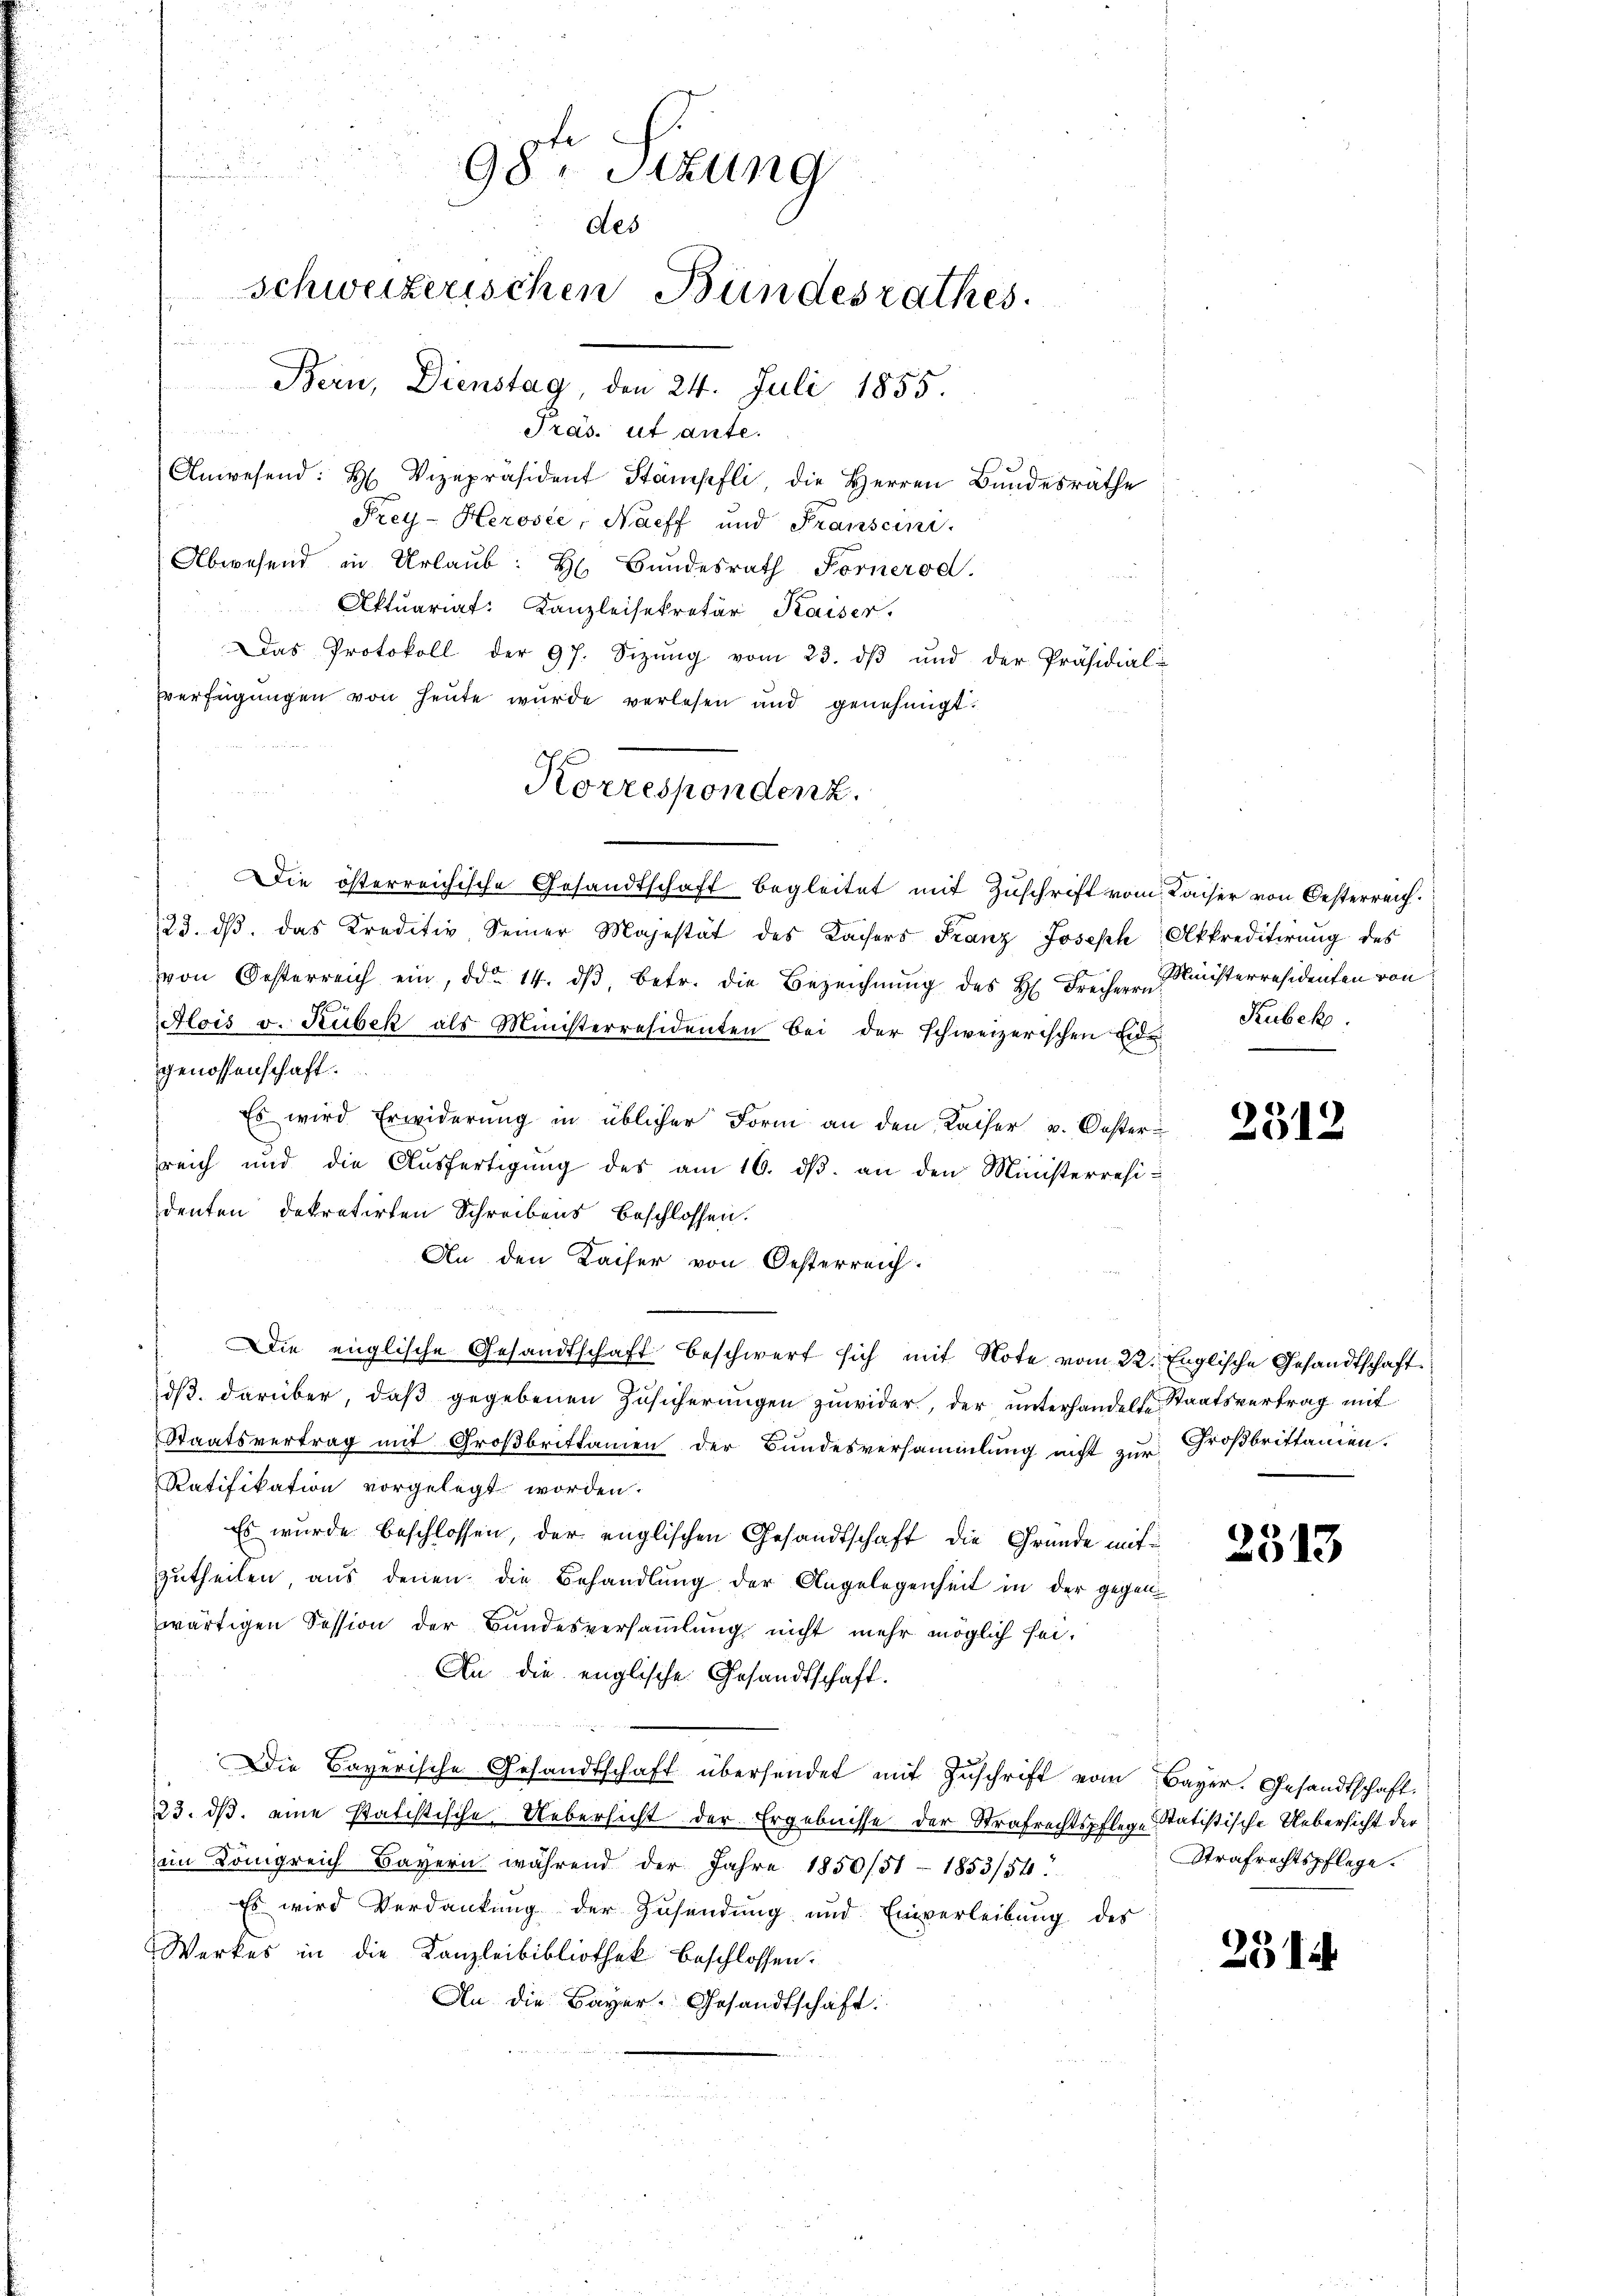
d
u
9
3

98ten Sizung
des
schweizerischen Bundesrathes.
ränen
Bern, Dienstag, den 24. Juli 1855.
Präs. ut ante.

Anwesend: H. Vizepräsident Stämpfli, die Herren Bundesräthe
Frey-Heröste, Naeff und Franscini
Abwesend in Urlaŭb: H. Bŭndesrath Fornerod.
Aktuariat. Kanzleisekretär Kaiser.
Das Protokoll der 97. Sizŭng vom 23. dβ und der Präsidial-
Verfügungen von heute wurde verlesen und genehmigt.
Die österreichische Gesandtschaft begleitet mit Zuschrift vom Kaiser von Oesterreich.
123. dβ das Kreditiv seiner Majestät des Kaisers Franz Joseph Akkreditirung des
von Oesterreich ein, ddo 14. dβ, betr. die Bezeichnŭng des H. Freiherr Ministerresidenten von
Alois v. Rubek als Ministerresidenten bei der schweizerischen Eide
genossenschaft.
Es wird Erwiderung in üblicher Form an den Kaiser u. Oesterreich und die Ausfertigung des am 16. ds. an den Ministerresidenten dekretirten Schreibens beschlossen.
An den Kaiser von Oesterreich.
Die englische Gesandtschaft beschwert sich mit Note vom 22. Englische Gesandtschaft
dß darüber, daß gegebenen Zusicherungen zuwider, der unterhandelte Staatsvertrag mit
Staatsvertrag mit Großbrittamen der Bundesversammlung nicht zur Großbrittanien-
Ratifikation vorgelegt worden.
Es wurde beschlossen, der englischen Gesandtschaft die Gründe mit
zutheilen, aus denen die Behandlung der Angelegenheit in der gegen
wärtigen Session der Bundesversammlung nicht mehr möglich sei¬
An die englische Gesandtschaft.
Die Bayerische Gesandtschaft übersendet mit Zŭschrift vom Bayer. Gesandtschaft
23. ds. eine statistische Uebersicht der Ergebnisse der Strafrechtspflege Statistische Uebersicht der
im Königreich Bayern während der Jahre 1850/51 - 1853/54
Es wird Verdankung der Zusendung und Einverleibung des
Werkes in die Kanzleibibliothek beschlossen:
An die Bayer. Gesandtschaft:

Korrespondenz.

Kubek.

2512

2513

Strafrechtspflege.

251